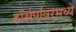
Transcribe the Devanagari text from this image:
हॉर्सपॉवरमध्ये